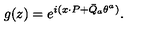
g ( z ) = \displaystyle { e ^ { i ( x { \cdot P } + \bar { Q } _ { a } \theta ^ { a } ) } } .